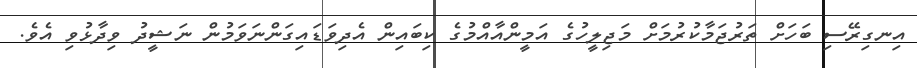
އިނގިރޭސި ބަހަށް ތަރުޖަމާކުރުމަށް މަޖިލީހުގެ އަމީންއާއްމުގެ ކިބައިން އެދިވަޑައިގަންނަވަމުން ނަޝީދު ވިދާޅުވި އެވެ.